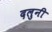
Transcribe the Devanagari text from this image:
दलुनी